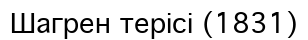
Шагрен терісі (1831)